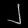
Digit: ၂